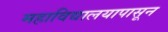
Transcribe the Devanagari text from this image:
महाविद्यालयापासून